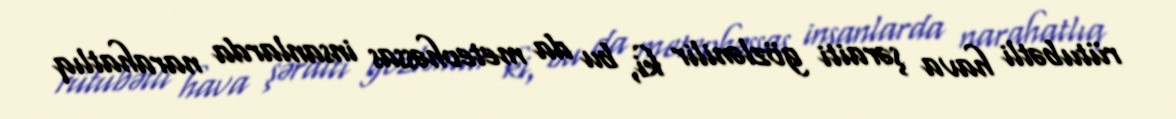
rütubətli hava şəraiti gözlənilir ki, bu da meteohəssas insanlarda narahatlıq